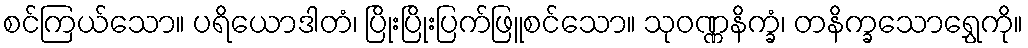
စင်ကြယ်သော။ ပရိယောဒါတံ၊ ပြိုးပြိုးပြက်ဖြူစင်သော။ သုဝဏ္ဏနိက္ခံ၊ တနိက္ခသောရွှေကို။